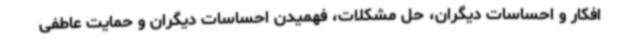
افکار و احساسات دیگران، حل مشکلات، فهمیدن احساسات دیگران و حمایت عاطفی